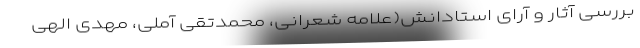
بررسی آثار و آرای استادانش(علامه شعرانی، محمدتقی آملی، مهدی الهی‌